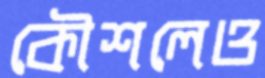
কৌশলেও